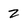
Character: z